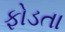
ફોડતા